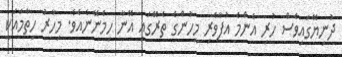
ދުނިޔޭގައިވެސް ހުރި އެންމެ އުފާވެރި މީހުންގެ ތެރޭގައި އޭނާ ހިމެނޭނެއެވެ. މިހާރު ހިތާމައަކީ